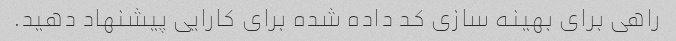
راهی برای بهینه سازی کد داده شده برای کارایی پیشنهاد دهید.